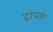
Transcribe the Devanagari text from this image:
ढ़ाया।